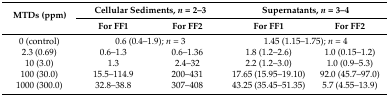
| <ROWSPAN=2> MTDs (ppm) | <COLSPAN=2> Cellular Sediments, n = 2–3 | <COLSPAN=2> Supernatants, n = 3–4 |
 | For FF1 | For FF2 | For FF1 | For FF2 |
 | --- | --- | --- | --- | --- |
 | 0 (control) | <COLSPAN=2> 0.6 (0.4–1.9); n = 3 | <COLSPAN=2> 1.45 (1.15–1.75); n = 4 |
 | 2.3 (0.69) | 0.6–1.3 | 0.6–1.36 | 1.8 (1.2–2.6) | 1.0 (0.15–1.2) |
 | 10 (3.0) | 1.3 | 2.4–32 | 2.2 (1.2–3.0) | 1.0 (0.9–5.3) |
 | 100 (30.0) | 15.5–114.9 | 200–431 | 17.65 (15.95–19.10) | 92.0 (45.7–97.0) |
 | 1000 (300.0) | 32.8–38.8 | 307–408 | 43.25 (35.45–51.35) | 5.7 (4.55–13.9) |